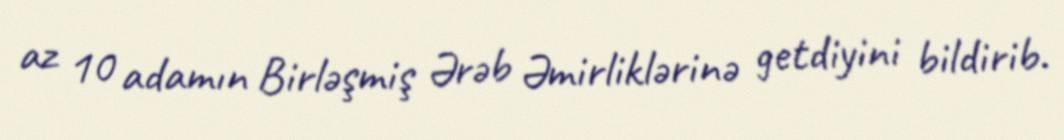
az 10 adamın Birləşmiş Ərəb Əmirliklərinə getdiyini bildirib.